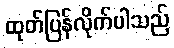
ထုတ်ပြန်လိုက်ပါသည်